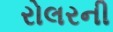
રોલરની